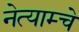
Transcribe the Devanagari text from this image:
नेत्याम्चे